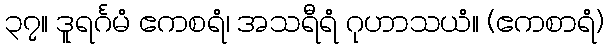
၃၇။ ဒူရင်္ဂမံ ဧကစရံ၊ အသရီရံ ဂုဟာသယံ။ (ဧကစာရံ)